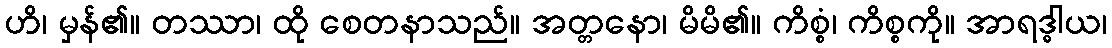
ဟိ၊ မှန်၏။ တဿာ၊ ထို စေတနာသည်။ အတ္တနော၊ မိမိ၏။ ကိစ္စံ၊ ကိစ္စကို။ အာရဒ္ဓါယ၊